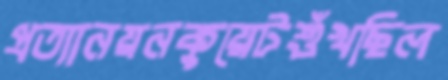
প্রত্যানয়নকুয়েটশুঁখছিল